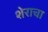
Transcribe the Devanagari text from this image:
शेराचा